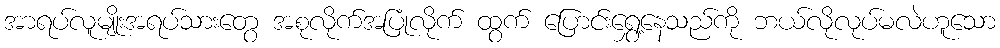
အာရပ်လူမျိုးအရပ်သားတွေ အစုလိုက်အပြုံလိုက် ထွက် ပြောင်းရွှေ့နေသည်ကို ဘယ်လိုလုပ်မလဲဟူသော